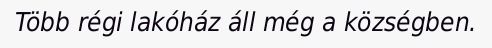
Több régi lakóház áll még a községben.